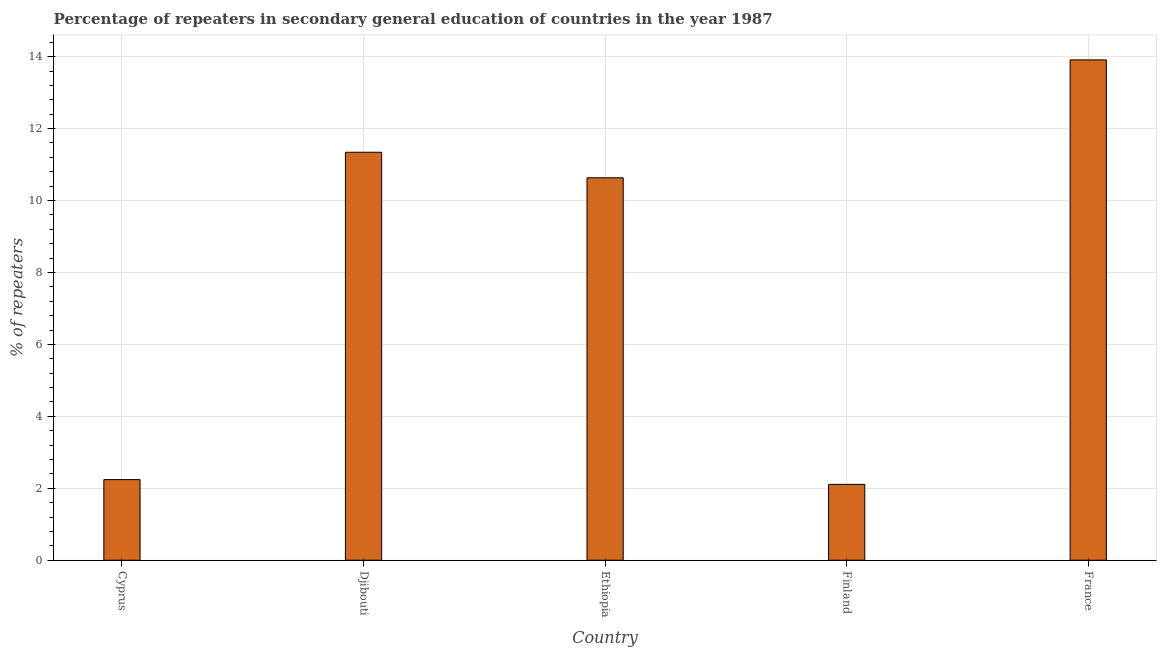
| Country | Percentage of repeaters |
 | --- | --- |
 | Cyprus | 2.24 |
 | Djibouti | 11.3 |
 | Ethiopia | 10.6 |
 | Finland | 2.11 |
 | France | 13.9 |